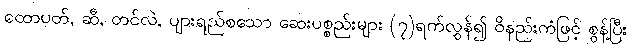
ထောပတ်, ဆီ, တင်လဲ, ပျားရည်စသော ဆေးပစ္စည်းများ (၇)ရက်လွန်၍ ဝိနည်းကံဖြင့် စွန့်ပြီး